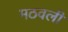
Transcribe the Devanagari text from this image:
मठवली